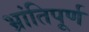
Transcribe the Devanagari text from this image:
भ्रांतिपूर्ण